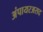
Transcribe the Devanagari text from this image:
अंपायरअसद